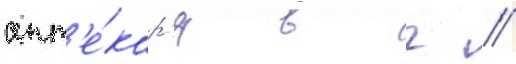
апт'е́кар'я в г //